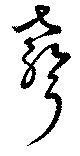
声